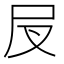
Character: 𡰫